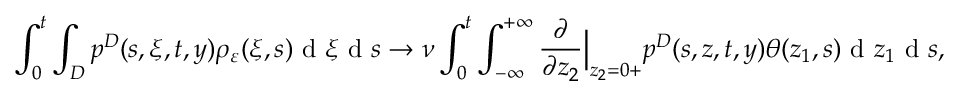
\int _ { 0 } ^ { t } \int _ { D } p ^ { D } ( s , \xi , t , y ) \rho _ { \varepsilon } ( \xi , s ) \textrm { d } \xi \textrm { d } s \to \nu \int _ { 0 } ^ { t } \int _ { - \infty } ^ { + \infty } \frac { \partial } { \partial z _ { 2 } } \Big | _ { z _ { 2 } = 0 + } p ^ { D } ( s , z , t , y ) \theta ( z _ { 1 } , s ) \textrm { d } z _ { 1 } \textrm { d } s ,